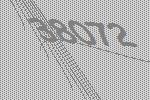
38072